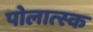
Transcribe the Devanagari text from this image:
पोलात्स्क